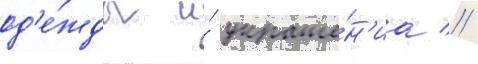
од'е́жды и́ украше́н'иа //